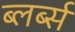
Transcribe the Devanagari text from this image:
ब्लर्ब्स